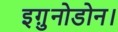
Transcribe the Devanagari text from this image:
इगु़नोडोन।